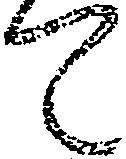
て